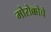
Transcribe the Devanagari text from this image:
मोरोक्कोचे